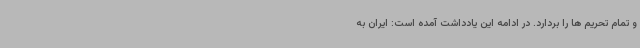
و تمام تحریم ها را بردارد. در ادامه این یادداشت آمده است: ایران به